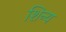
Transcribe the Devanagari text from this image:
शिन्य